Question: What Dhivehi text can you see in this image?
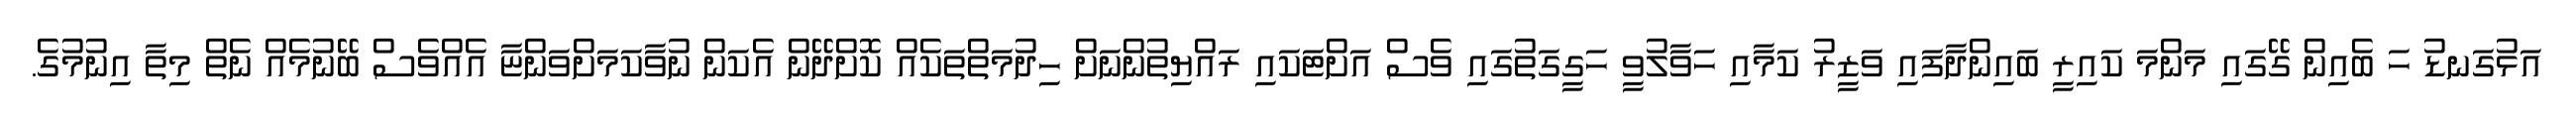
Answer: އަޅުގަނޑު ހަ ބެއިން ގޭގައި މަންމަ ކައިރީ ބައިންދާފައި ވަޒީރު ކަމާއި ހަވާލުވީ ހަގީގަތުގައި ވެސް އަށްޓަކައި ރައްޔިތުންނަށް ހިދުމަތްތަކެއް ކޮށްދޭން އެކަން ނުވާކަމަށްވަންޏާ އެއްވެސް ބޭނުމެއް ނެތް މިތާ އިނުމުގެ.